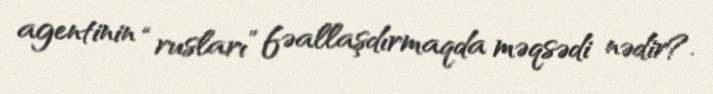
agentinin “rusları” fəallaşdırmaqda məqsədi nədir?.